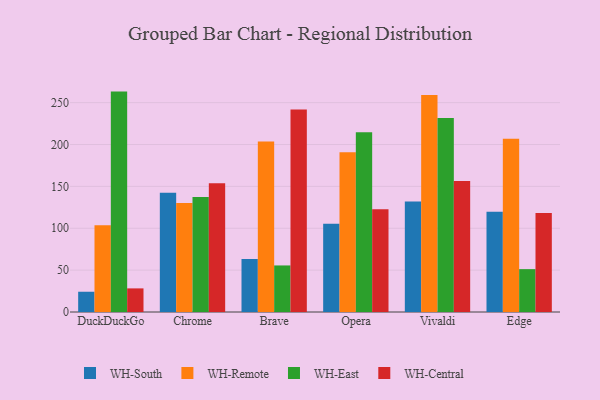
{"axis": {"x": "Browser", "y": "Satisfaction Score"}, "legend": ["WH-Central", "WH-East", "WH-Remote", "WH-South"], "data": [{"x": "DuckDuckGo", "y": 24.2, "type": "WH-South"}, {"x": "DuckDuckGo", "y": 103.7, "type": "WH-Remote"}, {"x": "DuckDuckGo", "y": 263.2, "type": "WH-East"}, {"x": "DuckDuckGo", "y": 28.2, "type": "WH-Central"}, {"x": "Chrome", "y": 142.4, "type": "WH-South"}, {"x": "Chrome", "y": 130.2, "type": "WH-Remote"}, {"x": "Chrome", "y": 137.2, "type": "WH-East"}, {"x": "Chrome", "y": 153.7, "type": "WH-Central"}, {"x": "Brave", "y": 63.3, "type": "WH-South"}, {"x": "Brave", "y": 203.5, "type": "WH-Remote"}, {"x": "Brave", "y": 55.6, "type": "WH-East"}, {"x": "Brave", "y": 241.7, "type": "WH-Central"}, {"x": "Opera", "y": 105.5, "type": "WH-South"}, {"x": "Opera", "y": 190.8, "type": "WH-Remote"}, {"x": "Opera", "y": 214.7, "type": "WH-East"}, {"x": "Opera", "y": 122.7, "type": "WH-Central"}, {"x": "Vivaldi", "y": 132.1, "type": "WH-South"}, {"x": "Vivaldi", "y": 259.0, "type": "WH-Remote"}, {"x": "Vivaldi", "y": 231.6, "type": "WH-East"}, {"x": "Vivaldi", "y": 156.4, "type": "WH-Central"}, {"x": "Edge", "y": 119.7, "type": "WH-South"}, {"x": "Edge", "y": 206.9, "type": "WH-Remote"}, {"x": "Edge", "y": 51.2, "type": "WH-East"}, {"x": "Edge", "y": 118.3, "type": "WH-Central"}]}